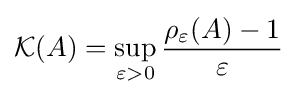
{\mathcal {K}}(A)=\sup _{\varepsilon >0}{\frac {\rho _{\varepsilon }(A)-1}{\varepsilon }}